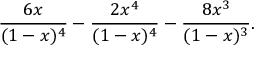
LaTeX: { \frac { 6 x } { ( 1 - x ) ^ { 4 } } } - { \frac { 2 x ^ { 4 } } { ( 1 - x ) ^ { 4 } } } - { \frac { 8 x ^ { 3 } } { ( 1 - x ) ^ { 3 } } } .